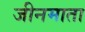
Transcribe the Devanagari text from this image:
जीनमाता